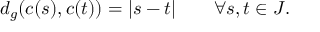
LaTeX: d _ { g } ( c ( s ) , c ( t ) ) = | s - t | \qquad \forall s , t \in J .